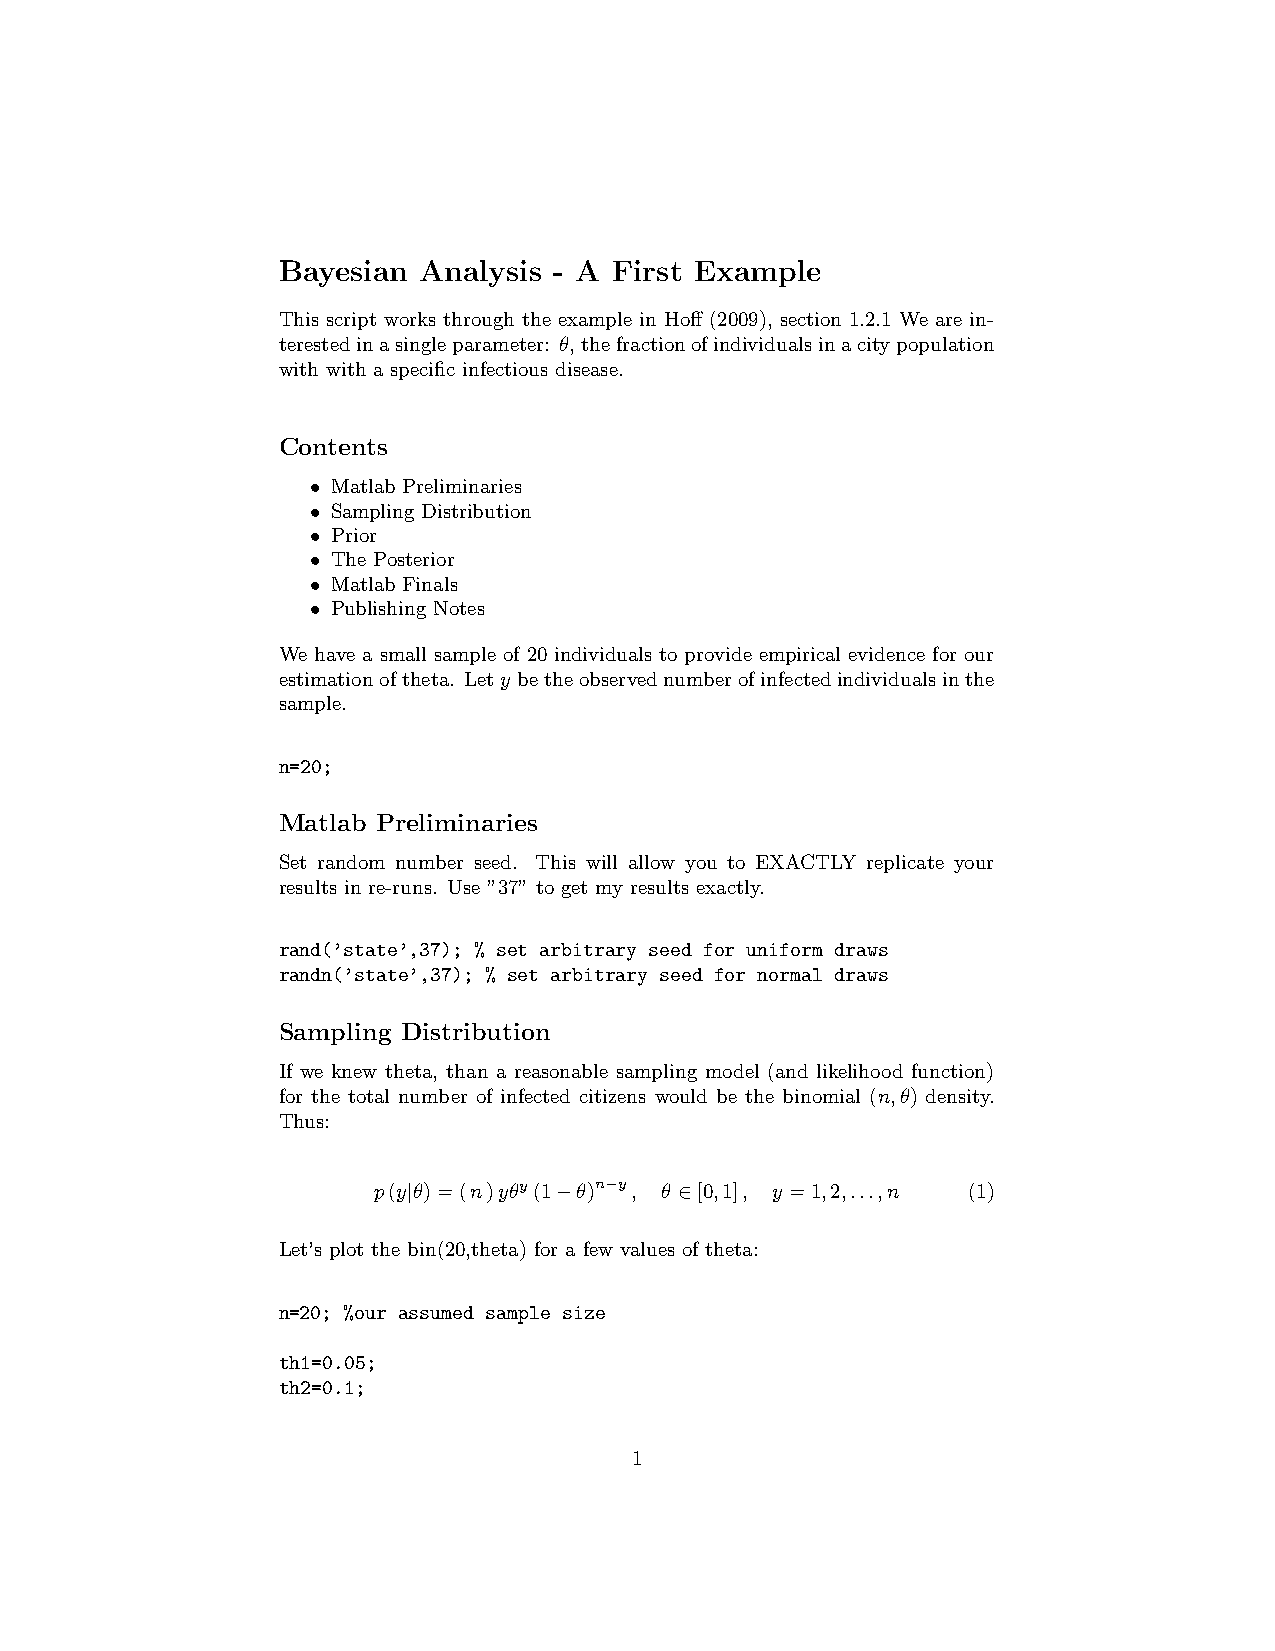
Bayesian  Analysis - A First Example
 This script works through the example in Hoff (2009), section 1.2.1 We are in-
 terestedinasingleparameter: θ,thefractionofindividualsinacitypopulation
 with with a specific infectious disease.
 Contents
 • Matlab Preliminaries
 • Sampling Distribution
 • Prior
 • The Posterior
 • Matlab Finals
 • Publishing Notes
 We have a small sample of 20 individuals to provide empirical evidence for our
 estimationoftheta. Lety betheobservednumberofinfectedindividualsinthe
 sample.
 n=20;
 Matlab Preliminaries
 Set random number seed. This will allow you to EXACTLY replicate your
 results in re-runs. Use ”37” to get my results exactly.
 rand(’state’,37); % set arbitrary seed for uniform draws
 randn(’state’,37); % set arbitrary seed for normal draws
 Sampling Distribution
 If we knew theta, than a reasonable sampling model (and likelihood function)
 for the total number of infected citizens would be the binomial (n,θ) density.
 Thus:
 p(y|θ)=(n)yθy(1−θ)n−y, θ ∈[0,1], y =1,2,...,n (1)
 Let’s plot the bin(20,theta) for a few values of theta:
 n=20; %our assumed sample size
 th1=0.05;
 th2=0.1;
 1